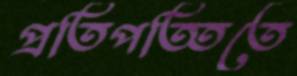
প্রতিপত্তিতে